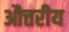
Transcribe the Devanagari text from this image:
औत्तरीय